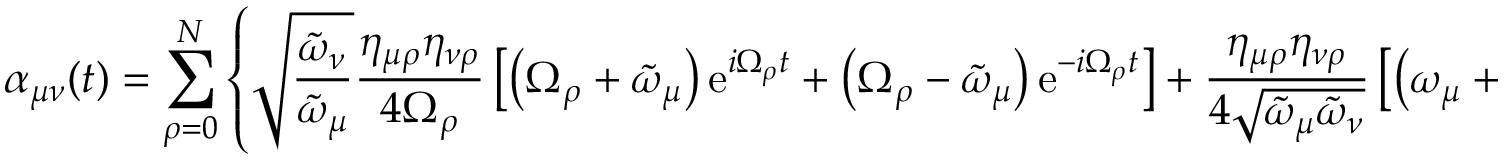
\alpha _ { \mu \nu } ( t ) = \sum _ { \rho = 0 } ^ { N } \left\{ \sqrt { \frac { \tilde { \omega } _ { \nu } } { \tilde { \omega } _ { \mu } } } \frac { \eta _ { \mu \rho } \eta _ { \nu \rho } } { 4 \Omega _ { \rho } } \left[ \left( \Omega _ { \rho } + \tilde { \omega } _ { \mu } \right) \mathrm { e } ^ { i \Omega _ { \rho } t } + \left( \Omega _ { \rho } - \tilde { \omega } _ { \mu } \right) \mathrm { e } ^ { - i \Omega _ { \rho } t } \right] + \frac { \eta _ { \mu \rho } \eta _ { \nu \rho } } { 4 \sqrt { \tilde { \omega } _ { \mu } \tilde { \omega } _ { \nu } } } \left[ \left( \omega _ { \mu } + \Omega _ { \rho } \right) \mathrm { e } ^ { i \Omega _ { \rho } t } + \left( \omega _ { \mu } - \Omega _ { \rho } \right) \mathrm { e } ^ { - i \Omega _ { \rho } t } \right] \right\} \; ,